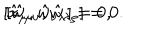
LaTeX: [ \hat { x } _ { \mu } , \hat { w } _ { \nu \lambda } ] = 0 , \hspace { 0 . 4 c m } [ \hat { w } _ { \mu \nu } , \hat { w } _ { \lambda \rho } ] = 0 .